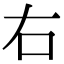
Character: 右